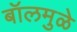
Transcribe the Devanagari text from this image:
बॉलमुळे